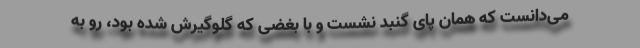
می‌دانست که همان پای گنبد نشست و با بغضی که گلوگیرش شده بود، رو به